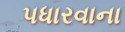
પધારવાના